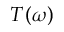
T ( \omega )